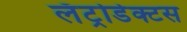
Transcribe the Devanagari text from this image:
लॅट्रोडेक्टस